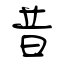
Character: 昔